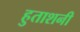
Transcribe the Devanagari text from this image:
हुताशनी